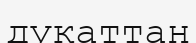
дукаттан